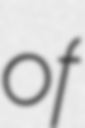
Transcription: of